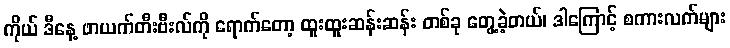
ကိုယ် ဒီနေ့ ဖာယက်တီးဗီးလ်ကို ရောက်တော့ ထူးထူးဆန်းဆန်း တစ်ခု တွေ့ခဲ့တယ်၊ ဒါကြောင့် စကားလက်များ